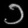
Digit: ၁